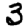
Digit: 3